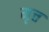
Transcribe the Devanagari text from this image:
मृत्त